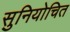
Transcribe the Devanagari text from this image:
सुनियोचित